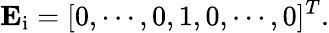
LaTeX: \mathbf{E}_{\mathrm{i}}=[0,\cdots,0,1,0,\cdots,0]^{T}.